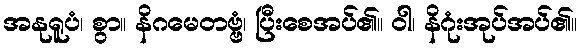
အနုရူပံ၊ စွာ။ နိဂမေတဗ္ဗံ၊ ပြီးစေအပ်၏။ ဝါ၊ နိဂုံးအုပ်အပ်၏။